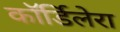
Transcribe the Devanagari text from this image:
कॉर्डिलेरा